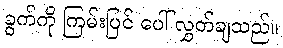
ခွက်ကို ကြမ်းပြင် ပေါ် လွှတ်ချသည်။